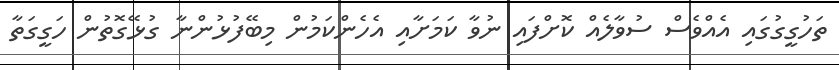
ތަހުގީގުގައި އެއްވެސް ސުވާލެއް ކޮށްފައި ނުވާ ކަމަށާއި އެހެންކަމުން މިބޭފުޅުންނާ ގުޅޭގޮތުން ހަގީގަތާ